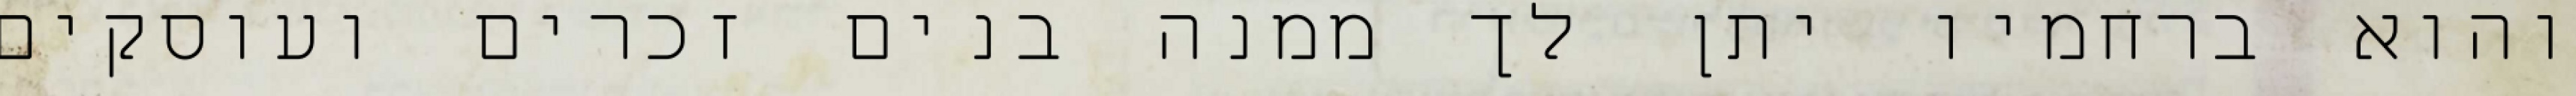
והוא ברחמיו יתן לך ממנה בנים זכרים ועוסקים